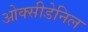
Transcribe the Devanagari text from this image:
ओक्सीडेनिल